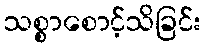
သစ္စာစောင့်သိခြင်း